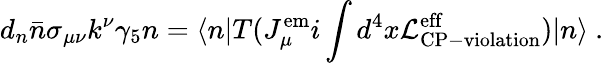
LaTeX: d_{n}\bar{n}\sigma_{\mu\nu}k^{\nu}\gamma_{5}n=\langle n|T(J_{\mu}^{\mathrm{em}}i\int d^{4}x{\cal{L}}_{\mathrm{CP-violation}}^{\mathrm{eff}})|n\rangle~.